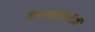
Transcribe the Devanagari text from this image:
साइकालॉजी